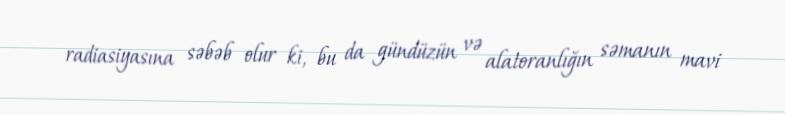
radiasiyasına səbəb olur ki, bu da gündüzün və alatoranlığın səmanın mavi